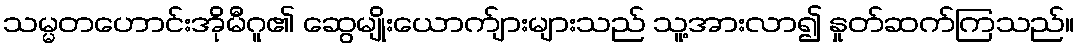
သမ္မတဟောင်းအိုမီဂူ၏ ဆွေမျိုးယောက်ျားများသည် သူ့အားလာ၍ နှုတ်ဆက်ကြသည်။